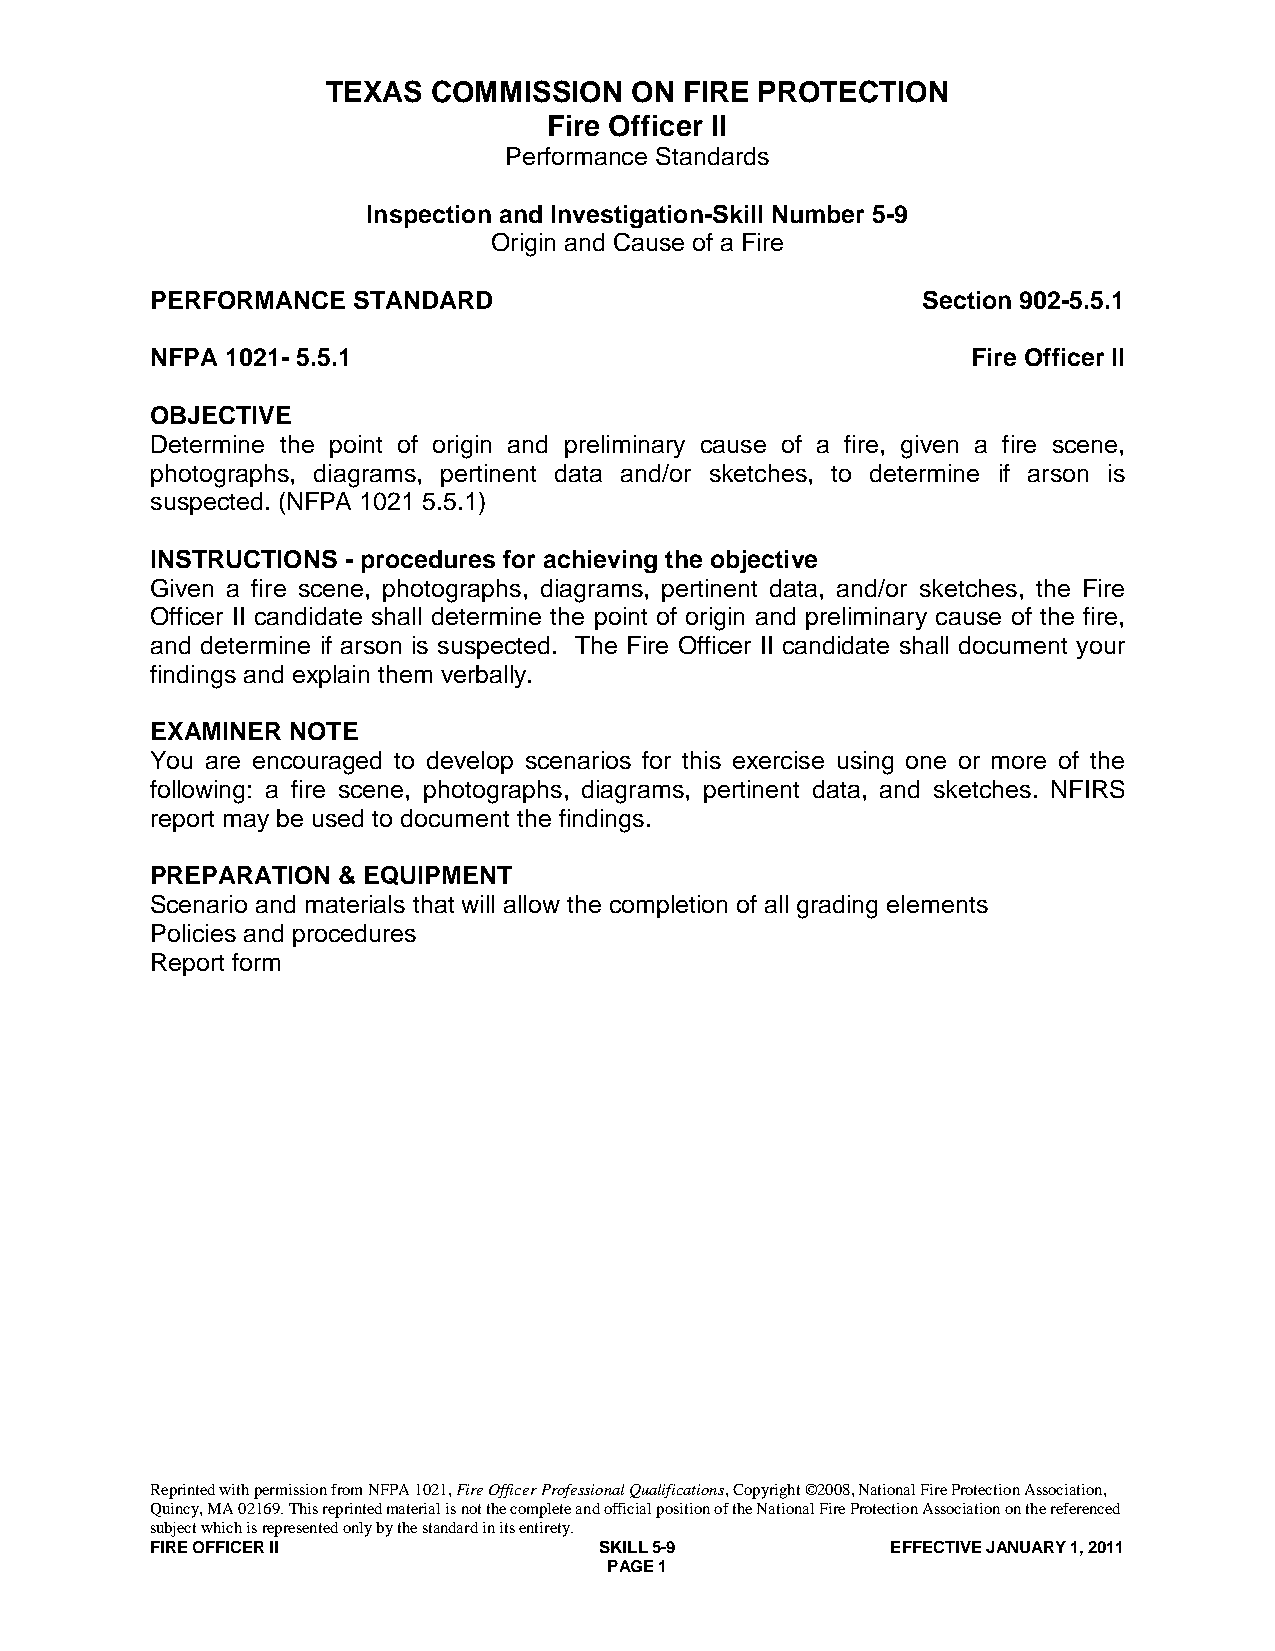
TEXAS  COMMISSION   ON FIRE PROTECTION
 Fire Officer II
 Performance Standards
 Inspection and Investigation-Skill Number 5-9
 Origin and Cause of a Fire
 PERFORMANCE  STANDARD                              Section 902-5.5.1
 NFPA 1021- 5.5.1                                      Fire Officer II
 OBJECTIVE
 Determine the point of origin and preliminary cause of a fire, given a fire scene,
 photographs, diagrams, pertinent data and/or sketches, to determine if arson is
 suspected. (NFPA 1021 5.5.1)
 INSTRUCTIONS - procedures for achieving the objective
 Given a fire scene, photographs, diagrams, pertinent data, and/or sketches, the Fire
 Officer II candidate shall determine the point of origin and preliminary cause of the fire,
 and determine if arson is suspected. The Fire Officer II candidate shall document your
 findings and explain them verbally.
 EXAMINER NOTE
 You are encouraged to develop scenarios for this exercise using one or more of the
 following: a fire scene, photographs, diagrams, pertinent data, and sketches. NFIRS
 report may be used to document the findings.
 PREPARATION & EQUIPMENT
 Scenario and materials that will allow the completion of all grading elements
 Policies and procedures
 Report form
 Reprinted with permission from NFPA 1021, Fire Officer Professional Qualifications, Copyright ©2008, National Fire Protection Association,
 Quincy, MA 02169. This reprinted material is not the complete and official position of the National Fire Protection Association on the referenced
 subject which is represented only by the standard in its entirety.
 FIRE OFFICER II               SKILL 5-9          EFFECTIVE JANUARY 1, 2011
 PAGE 1